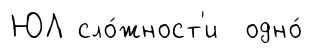
ЮЛ сло́жност'и одно́